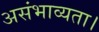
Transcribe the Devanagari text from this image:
असंभाव्यता।